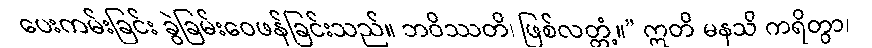
ပေးကမ်းခြင်း ခွဲခြမ်းဝေဖန်ခြင်းသည်။ ဘဝိဿတိ၊ ဖြစ်လတ္တံ့။” ဣတိ မနသိ ကရိတွာ၊